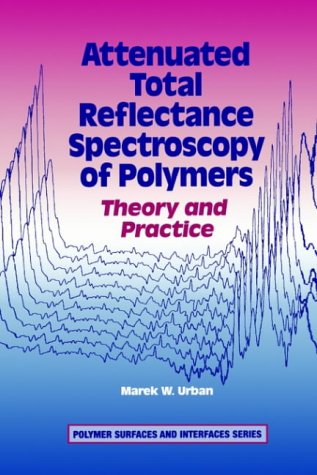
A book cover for Attenuated Total Reflectance Spectroscopy of Polymers: Theory and Practice (Polymer Surfaces and Interfaces Series); Marek W. Urban; Science & Math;